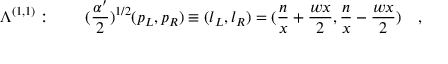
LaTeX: \Lambda ^ { ( 1 , 1 ) } : \quad \quad ( { \frac { \alpha ^ { \prime } } { 2 } } ) ^ { 1 / 2 } ( p _ { L } , p _ { R } ) \equiv ( l _ { L } , l _ { R } ) = ( { \frac { n } { x } } + { \frac { w x } { 2 } } , { \frac { n } { x } } - { \frac { w x } { 2 } } ) \quad ,